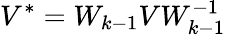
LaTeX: V^{*}=W_{k-1}VW_{k-1}^{-1}